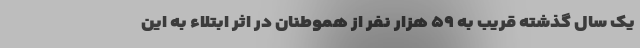
یک سال گذشته قریب به ۵۹ هزار نفر از هموطنان در اثر ابتلاء به این